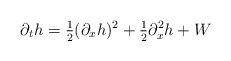
\begin{align*}\partial_t h = \tfrac{1}{2}(\partial_x h)^2 + \tfrac{1}{2}\partial_x^2h + W\end{align*}